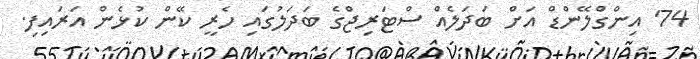
74' އިންގްލޭންޑް އަށް ބަދަލެއް ސްޓަރިޖްގެ ބަދަލުގައި ހެރީ ކޭން ކުޅެން އަރައިފި.